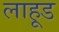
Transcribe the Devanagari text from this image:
लाहूड